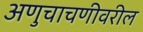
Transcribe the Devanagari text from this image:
अणुचाचणीवरील